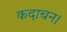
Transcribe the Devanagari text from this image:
कदाचन।